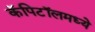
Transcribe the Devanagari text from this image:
कॅपिटॉलमध्ये